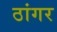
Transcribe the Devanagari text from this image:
ठांगर